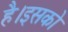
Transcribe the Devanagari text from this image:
है।इसको